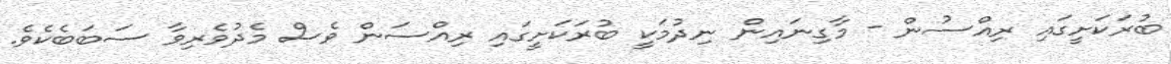
ބުރަކަށީގައި ރިއްސުން - މާގިނައިން ނިދުމަކީ ބުރަކަށީގައި ރިއްސަން ވެސް މެދުވެރިވާ ސަބަބެކެވެ.